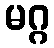
မဂ္ဂ